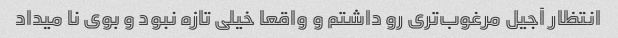
انتظار آجیل مرغوب‌تری رو داشتم و واقعا خیلی تازه نبود و بوی نا میداد